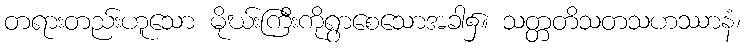
တရားတည်းဟူသော မိုဃ်းကြီးကိုရွာစေသောအခါ၌။ သတ္တတိသတသဟဿာနံ၊